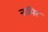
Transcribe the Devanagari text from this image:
नामिर